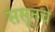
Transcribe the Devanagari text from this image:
ससूनचे